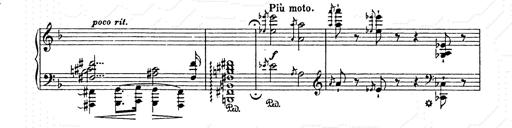
Title: AnnÃ©es de pÃ¨lerinage II
Composer: Franz Liszt